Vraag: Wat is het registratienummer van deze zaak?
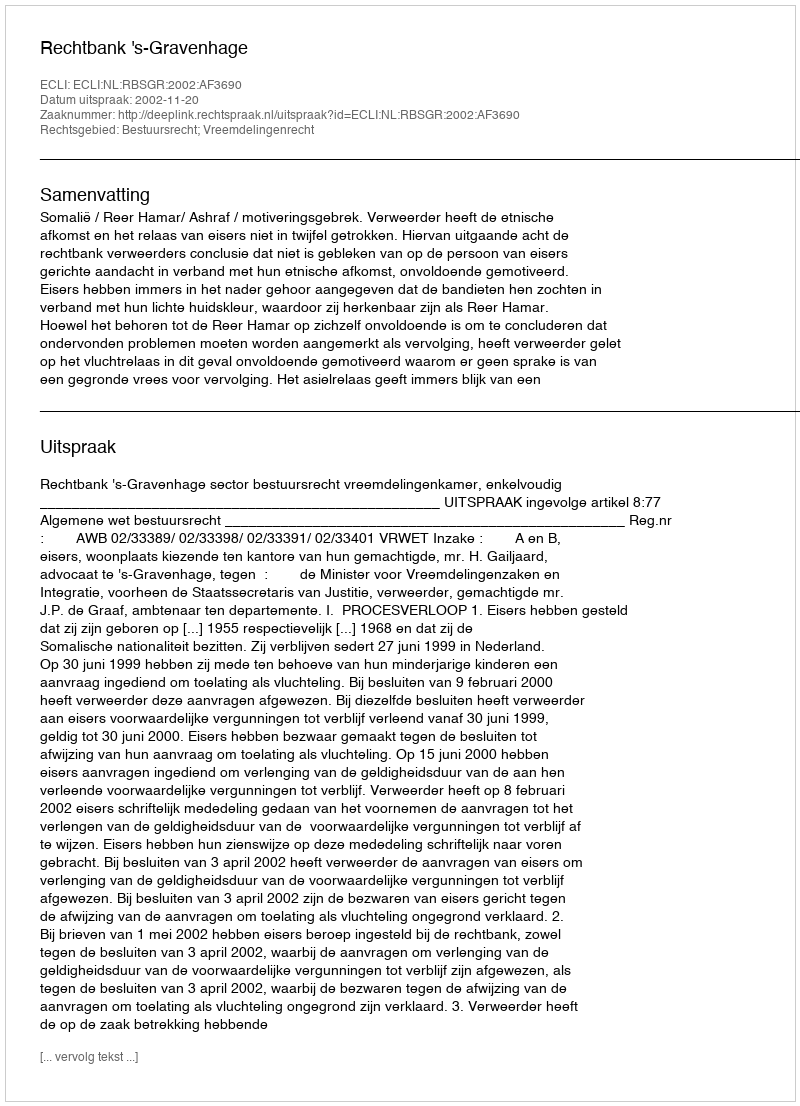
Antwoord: http://deeplink.rechtspraak.nl/uitspraak?id=ECLI:NL:RBSGR:2002:AF3690